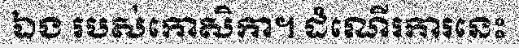
ឯង របស់កោសិកា។ ដំណើរការនេះ